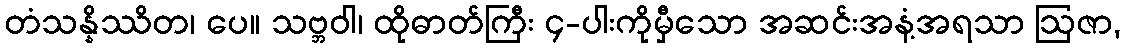
တံသန္နိဿိတ၊ ပေ။ သဗ္ဘဝါ၊ ထိုဓာတ်ကြီး ၄-ပါးကိုမှီသော အဆင်းအနံ့အရသာ ဩဇာ,